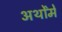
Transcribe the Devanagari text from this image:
अर्थोंमें